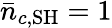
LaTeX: \bar{n}_{c,\mathrm{SH}}=1